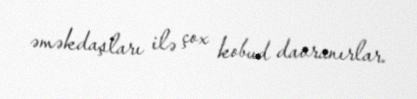
əməkdaşları ilə çox kobud davranırlar.